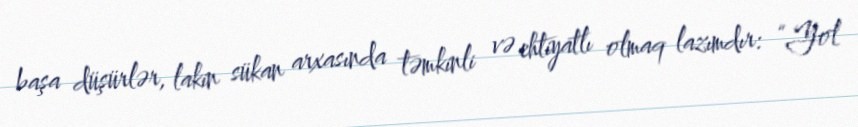
başa düşürlər, lakin sükan arxasında təmkinli və ehtiyatlı olmaq lazımdır: “Yol